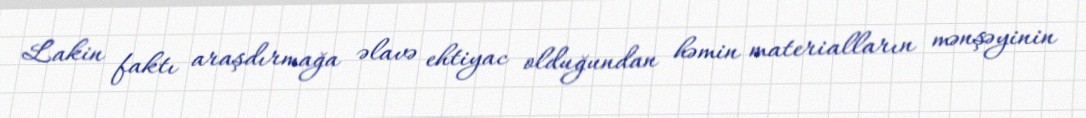
Lakin faktı araşdırmağa əlavə ehtiyac olduğundan həmin materialların mənşəyinin